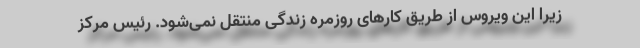
زیرا این ویروس از طریق کارهای روزمره زندگی منتقل نمی‌‌شود. رئیس مرکز